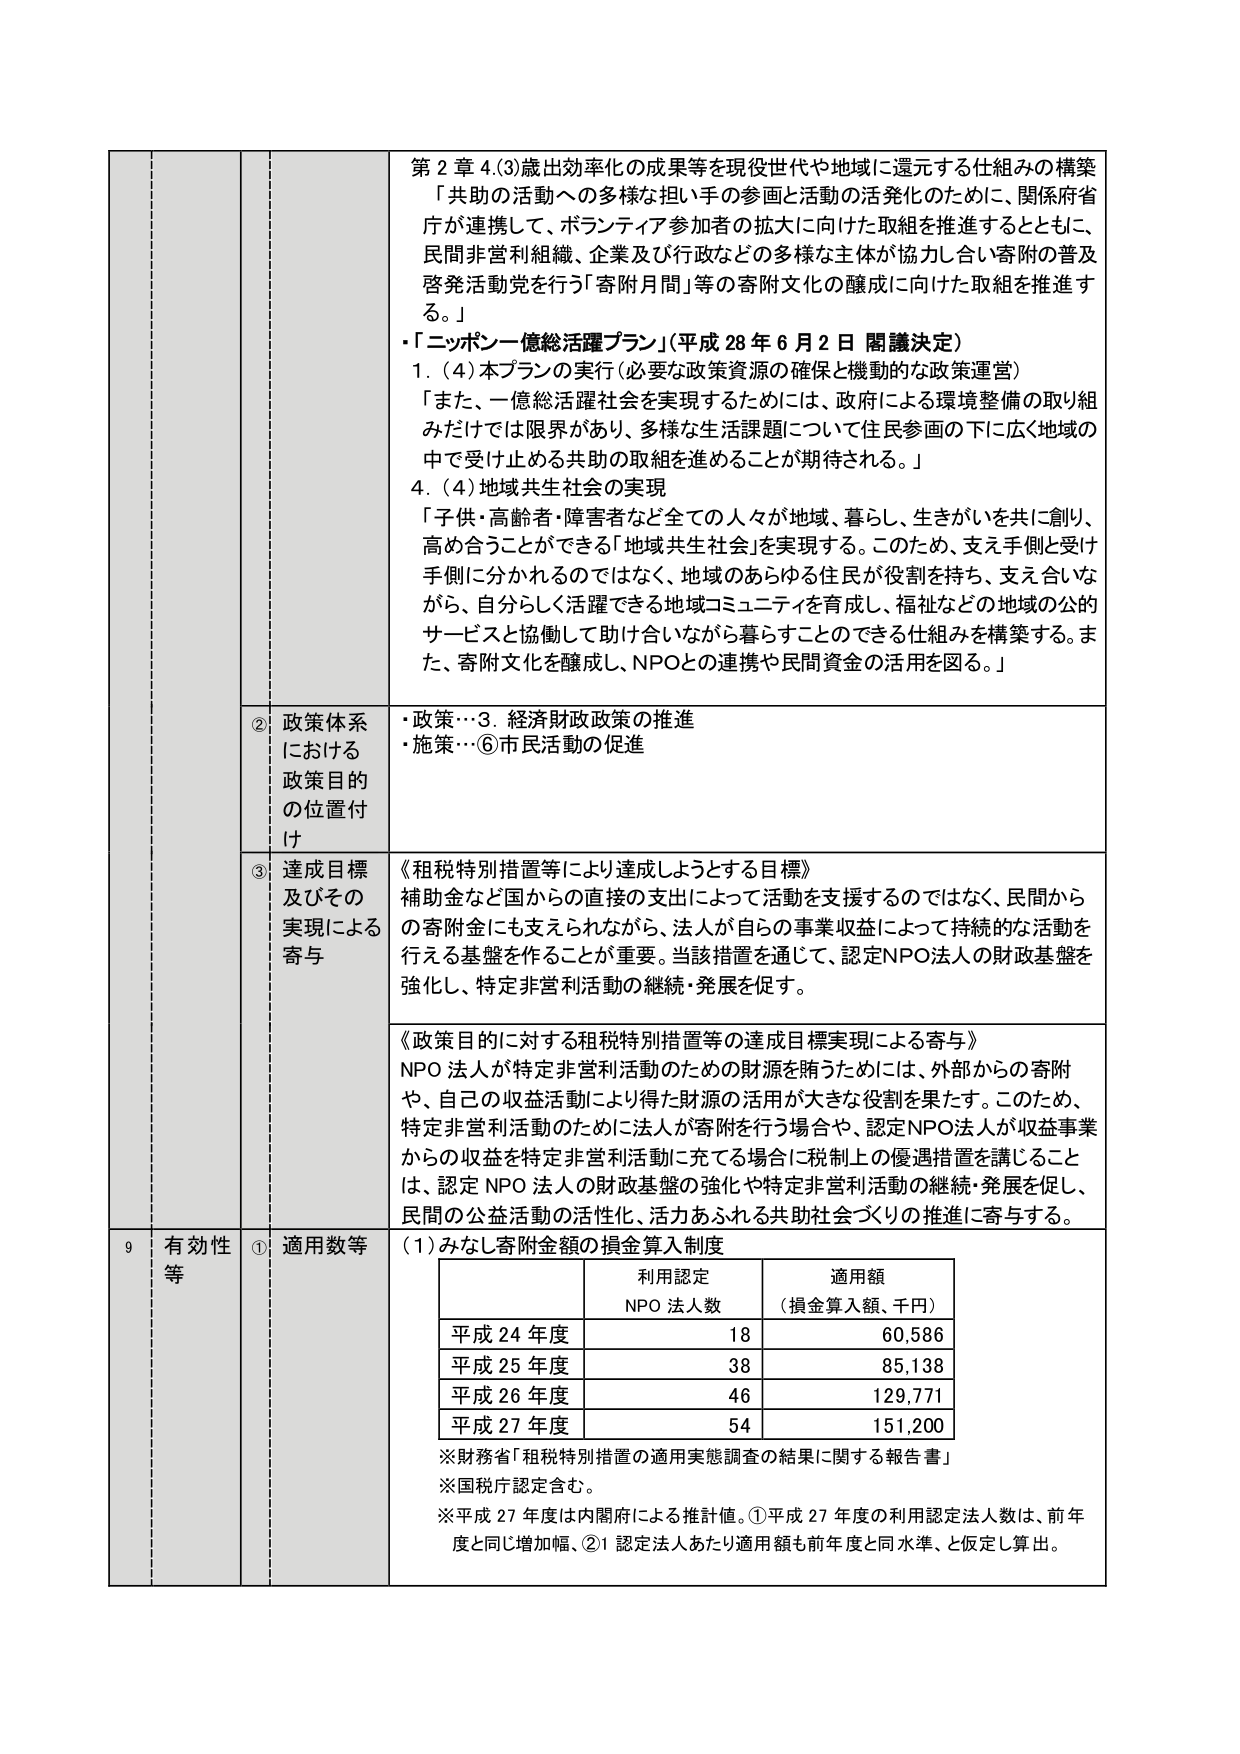
第２章４．(3)歳出効率化の成果等を現役世代や地域に還元する仕組みの構築
「共助の活動への多様な担い手の参画と活動の活発化のために、関係府省庁が連携して、ボランティア参加者の拡大に向けた取組を推進するとともに、民間非営利組織、企業及び行政などの多様な主体が協力し合い寄附の普及啓発活動党を行う「寄附月間」等の寄附文化の醸成に向けた取組を推進する。」
・「ニッポン一億総活躍プラン」（平成28年6月2日 閣議決定）
1．(4)本プランの実行（必要な政策資源の確保と機動的な政策運営）
「また、一億総活躍社会を実現するためには、政府による環境整備の取り組みだけでは限界があり、多様な生活課題について住民参画の下に広く地域の中で受け止める共助の取組を進めることが期待される。」
4．(4)地域共生社会の実現
「子供・高齢者・障害者など全ての人々が地域、暮らし、生きがいを共に創り、高め合うことができる「地域共生社会」を実現する。このため、支え手側と受け手側に分かれるのではなく、地域のあらゆる住民が役割を持ち、支え合いながら、自分らしく活躍できる地域コミュニティを育成し、福祉などの地域の公的サービスと協働して助け合いながら暮らすことのできる仕組みを構築する。また、寄附文化を醸成し、NPOとの連携や民間資金の活用を図る。」

② 政策体系における政策目的の位置付け
・政策…3．経済財政政策の推進
・施策…⑥市民活動の促進

③ 達成目標及びその実現による寄与
《租税特別措置等により達成しようとする目標》
補助金など国からの直接の支出によって活動を支援するのではなく、民間からの寄附金にも支えられながら、法人が自らの事業収益によって持続的な活動を行える基盤を作ることが重要。当該措置を通じて、認定NPO法人の財政基盤を強化し、特定非営利活動の継続・発展を促す。

《政策目的に対する租税特別措置等の達成目標実現による寄与》
NPO法人が特定非営利活動のための財源を賄うためには、外部からの寄附や、自己の収益活動により得た財源の活用が大きな役割を果たす。このため、特定非営利活動のために法人が寄附を行う場合や、認定NPO法人が収益事業からの収益を特定非営利活動に充てる場合に税制上の優遇措置を講じることは、認定NPO法人の財政基盤の強化や特定非営利活動の継続・発展を促し、民間の公益活動の活性化、活力あふれる共助社会づくりの推進に寄与する。

9 有効性等
① 適用数等
(1) みなし寄附金額の損金算入制度

| 利用認定NPO法人人数 | 適用額（損金算入額、千円） |
|----------------------|-----------------------------|
| 平成24年度           | 18                          | 60,586                     |
| 平成25年度           | 38                          | 85,138                     |
| 平成26年度           | 46                          | 129,771                    |
| 平成27年度           | 54                          | 151,200                    |

※財務省「租税特別措置の適用実態調査の結果に関する報告書」
※国税庁認定含む。
※平成27年度は内閣府による推計値。①平成27年度の利用認定法人人数は、前年度と同じ増加幅、②1認定法人あたり適用額も前年度と同水準、と仮定し算出。